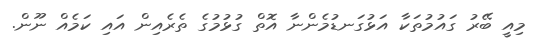
މިއީ ބޭރު ގައުމުތަކާ އަޅުގަނޑުމެންނާ އޮތް ގުޅުމުގެ ތެރެއިން އައި ކަމެއް ނޫން.